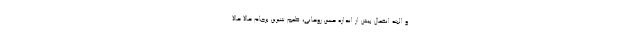
و البته انفعال بیش از اندازه حسن روحانی، طعم شیرین برجام حالا حالا